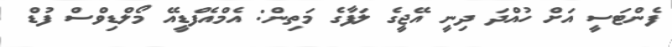
ފެންޓަސީ އަށް ހުއްދަ ދިނީ އޭޖީގެ ލަފާގެ މަތިން: އެމްއެފްޑީއޭ މޯލްޑިވްސް ފުޑް